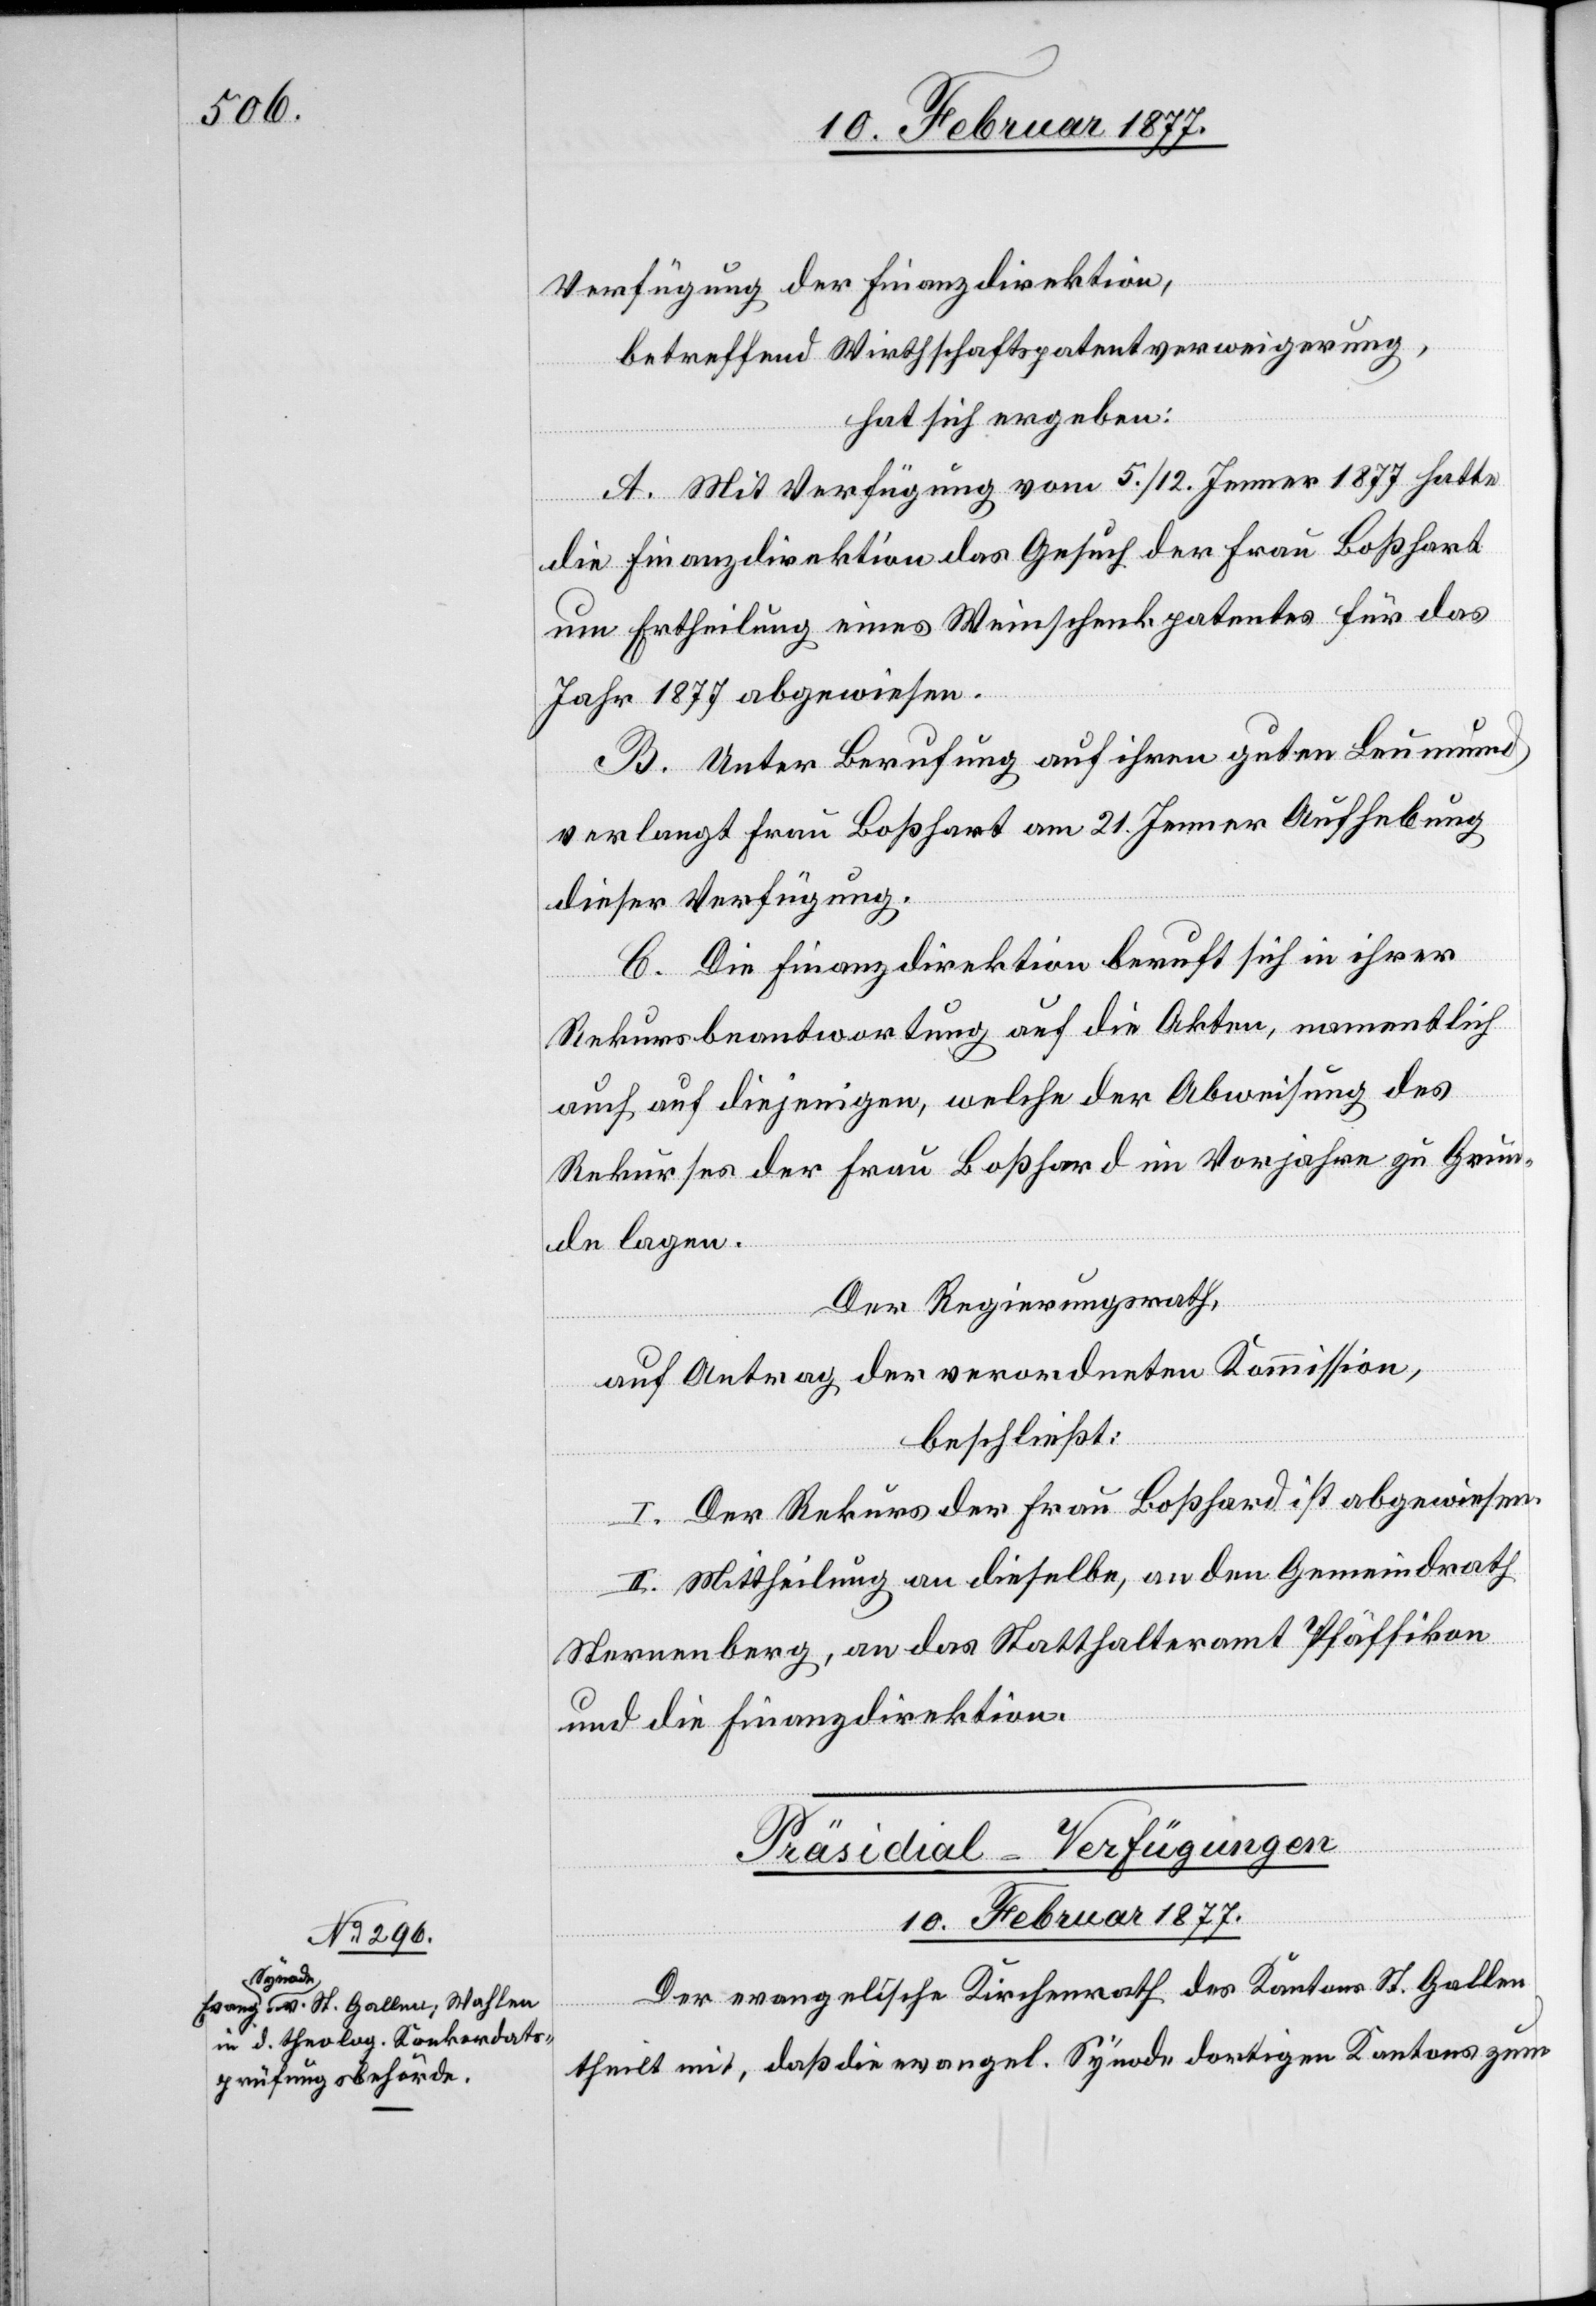
Verfügung der Finanzdirektion,
betreffend Wirtschaftspatentverweigerung,
hat sich ergeben:
A. Mit Verfügung vom 5./12. Jenner 1877 hatte
die Finanzdirektion das Gesuch der Frau Boßhard
um Ertheilung eines Weinschenkpatentes für das
Jahr 1877 abgewiesen.
B. Unter Berufung auf ihren guten Leumund
verlangt Frau Boßhard am 21. Jenner Aufhebung
dieser Verfügung.
C. Die Finanzdirektion beruft sich in ihrer
Rekursbeantwortung auf die Akten, namentlich
auch auf diejenigen, welche der Abweisung des
Rekurses der Frau Boßhard im Vorjahre zu Grun¬
de lagen.
Der Regierungsrath,
auf Antrag der verordneten Kommission,
beschließt:
I. Der Rekurs der Frau Boßhard ist abgewiesen.
II. Mittheilung an dieselbe, an den Gemeindrath
Sternenberg, an das Statthalteramt Pfäffikon
und die Finanzdirektion.
Präsidial-Verfügungen
10. Februar 1877.
Der evangelische Kirchenrath des Kantons St. Gallen
theilt mit, daß die evangel. Synode dortigen Kantons zum